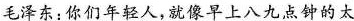
毛泽东：你们年轻人，就像早上八九点钟的太